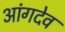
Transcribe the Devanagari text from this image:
आंगदेव